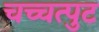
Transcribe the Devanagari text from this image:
चच्चत्पुट